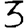
Digit: 3